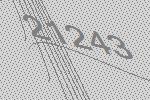
21243